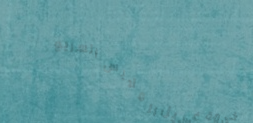
خدمة غسيل الملابس السريع